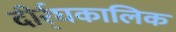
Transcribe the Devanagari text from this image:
दीर्र्घकालिक